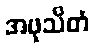
အဖုသိတံ